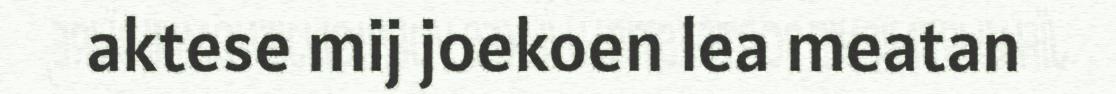
aktese mij joekoen lea meatan